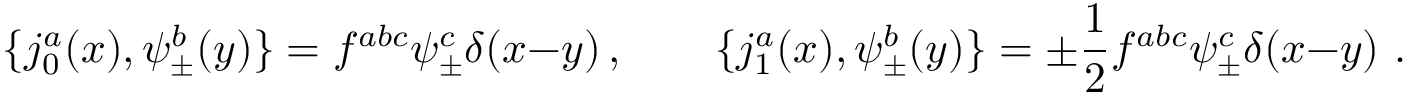
\{ j _ { 0 } ^ { a } ( x ) , \psi _ { \pm } ^ { b } ( y ) \} = f ^ { a b c } \psi _ { \pm } ^ { c } \delta ( x { - } y ) \, , \qquad \{ j _ { 1 } ^ { a } ( x ) , \psi _ { \pm } ^ { b } ( y ) \} = \pm { \frac { 1 } { 2 } } f ^ { a b c } \psi _ { \pm } ^ { c } \delta ( x { - } y ) \ .